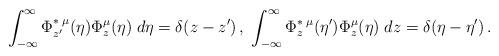
LaTeX: \begin{align*}\int_{-\infty }^{\infty }\Phi _{z^{\prime }}^{\ast \;\mu }(\eta )\Phi_{z}^{\mu }(\eta )\;d\eta =\delta (z-z^{\prime })\,,\;\int_{-\infty}^{\infty }\Phi _{z}^{\ast \;\mu }(\eta ^{\prime })\Phi _{z}^{\mu }(\eta)\;dz=\delta (\eta -\eta ^{\prime })\,. \end{align*}